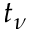
t _ { \nu }